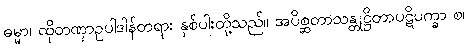
ဓမ္မာ၊ ထိုတဏှာဥပါဒါန်တရား နှစ်ပါးတို့သည်။ အပိစ္ဆတာသန္တုဋ္ဌိတာပဋိပက္ခာ စ၊